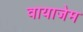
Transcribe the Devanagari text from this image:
वायाजेम